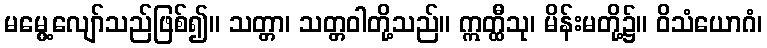
မမွေ့လျော်သည်ဖြစ်၍။ သတ္တာ၊ သတ္တဝါတို့သည်။ ဣတ္ထီသု၊ မိန်းမတို့၌။ ဝိသံယောဂံ၊